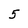
Character: 5